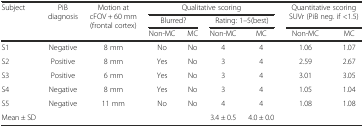
| <ROWSPAN=3> Subject | <ROWSPAN=3> PiB diagnosis | <ROWSPAN=3> Motion at cFOV + 60 mm (frontal cortex) | <COLSPAN=4> Qualitative scoring | <ROWSPAN=2-COLSPAN=2> Quantitative scoring SUVr (PiB neg. if <1.5) |
 | <COLSPAN=2> Blurred? | <COLSPAN=2> Rating: 1–5(best) |
 | Non-MC | MC | Non-MC | MC | Non-MC | MC |
 | --- | --- | --- | --- | --- | --- | --- | --- | --- |
 | S1 | Negative | 8 mm | No | No | 4 | 4 | 1.06 | 1.07 |
 | S2 | Positive | 8 mm | Yes | No | 3 | 4 | 2.59 | 2.67 |
 | S3 | Positive | 6 mm | Yes | No | 3 | 4 | 3.01 | 3.05 |
 | S4 | Negative | 8 mm | Yes | No | 3 | 4 | 1.05 | 1.04 |
 | S5 | Negative | 11 mm | No | No | 4 | 4 | 1.08 | 1.08 |
 | Mean ± SD | <COLSPAN=4>  | 3.4 ± 0.5 | 4.0 ± 0.0 | <COLSPAN=2>  |